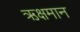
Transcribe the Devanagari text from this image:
ऋक्षमान